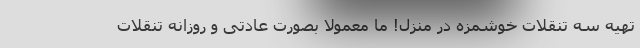
تهیه سه تنقلات خوشمزه در منزل! ما معمولا بصورت عادتی و روزانه تنقلات